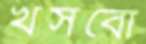
খসবো